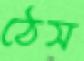
ঠেস